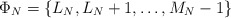
\begin{align*}\Phi_N = \{ L_N, L_N + 1,\dots, M_N - 1 \}\end{align*}